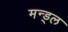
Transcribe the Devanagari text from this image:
मन्ड़्ल